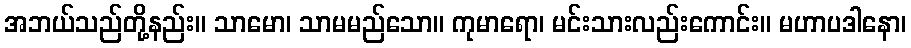
အဘယ်သည်တို့နည်း။ သာမော၊ သာမမည်သော။ ကုမာရော၊ မင်းသားလည်းကောင်း။ မဟာပဒါနော၊